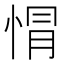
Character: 𢛡